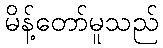
မိန့်တော်မူသည်